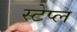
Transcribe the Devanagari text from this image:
स्टेप्ल